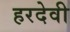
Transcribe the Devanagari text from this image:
हरदेवी